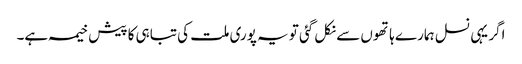
اگر یہی نسل ہمارے ہاتھوں سے نکل گئی تو یہ پوری ملت کی تباہی کا پیش خیمہ ہے۔